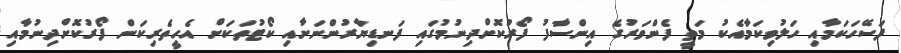
ފަސޭހަކަމާއި ހަލުވިކަމާއެކު މަތީ ފެންވަރުގެ އިންސާފު ފޯރުކޮށްދިނުމުގައި ފަނޑިޔާރުންނަށާއި ކޯޓުތަކަށް އެހީތެރިކަން ފޯރުކޮށްދިނުމާއި